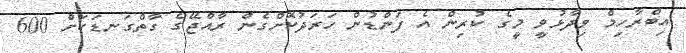
އިބްރާހިމް ވިދާޅުވީ މީގެ ކުރިން އެ ފަންޑުން ހަރަދުކޮށްގެން ރާއްޖޭގެ ގާތްގަނޑަކަށް 600